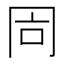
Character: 𠕑